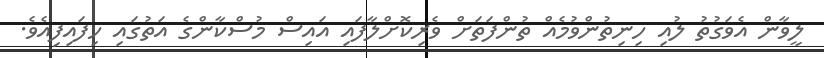
ލީވާން އެވަގުތު ލުއި ހިނިތުންވުމެއް ތުންފަތަށް ވެރިކޮށްލާފައި އައިސް މުސްކާންގެ އަތުގައި ހިފައިފިއެވެ.